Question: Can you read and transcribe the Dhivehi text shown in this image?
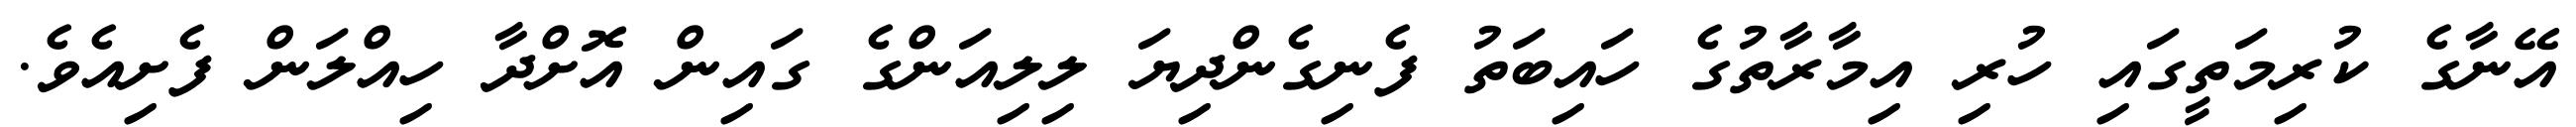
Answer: އޭނާގެ ކުރިމަތީގައި ހުރި އިމާރާތުގެ ހައިބަތު ފެނިގެންދިޔަ ލިލިއަންގެ ގައިން އޮށްދާ ހިއްލަން ފެށިއެވެ.